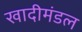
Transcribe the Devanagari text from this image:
खादीमंडल